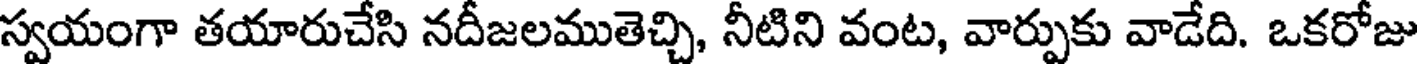
స్వయంగా తయారుచేసి నదీజలముతెచ్చి, నీటిని వంట, వార్పుకు వాడేది. ఒకరోజు